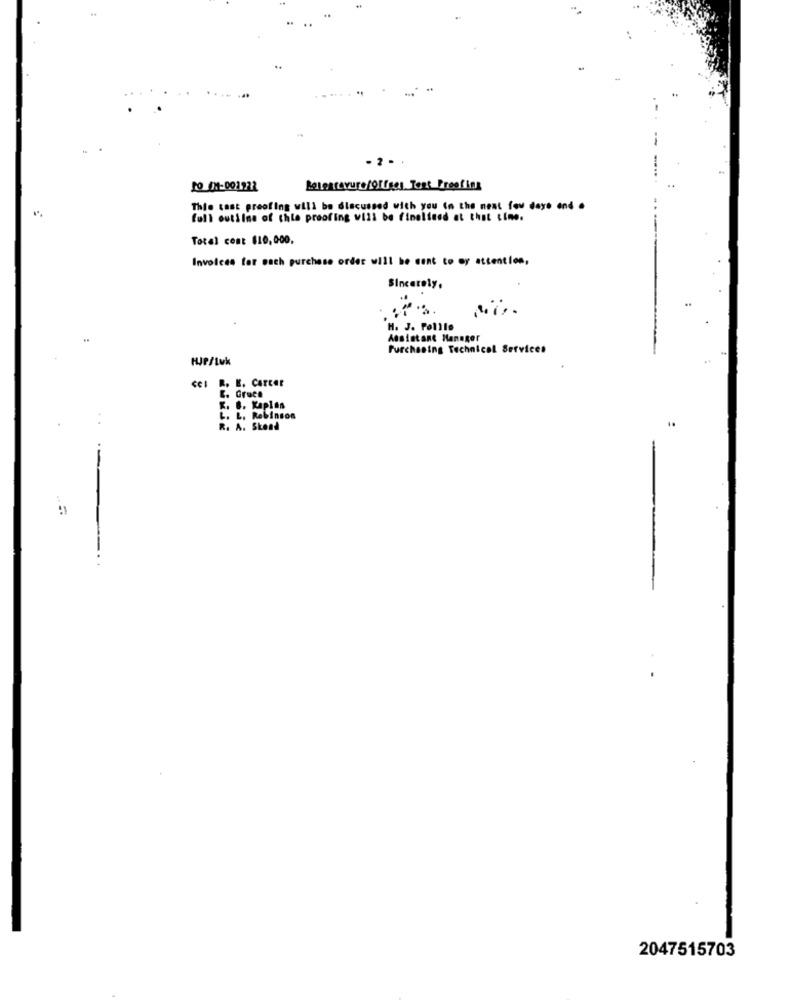
to _01-001222
Retenrayure/Offges Test Proofins
This cast greofing will be discussed with you in the next few days and .
full outilne of chie proofing will be finelined at that time.
Total cost $10,000.
Invoices for each purchase order will be sent to oy attention,
Sincerely,
H. J. Pollle
Assistant Manager
Purchasing Technical Services
CCI R. E. CATCEE
E. Grace
K. 8. Kaplan
L. L. Robinson
R. A. Stond
2047515703